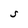
Character: S